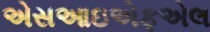
એસઆઇએફએલ